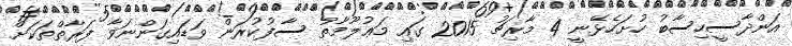
އަންދާސީހިސާބު ހުށަހެޅޭނީ 4 މާރިޗު 2015 ގައި މަޢުލޫމާތު ސާފުކުރަން ވަޑައިގަންނަވާ ފަރާތްތަކަށް